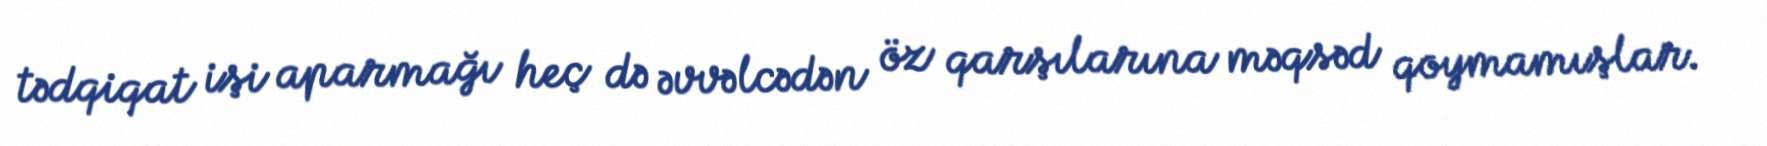
tədqiqat işi aparmağı heç də əvvəlcədən öz qarşılarına məqsəd qoymamışlar.